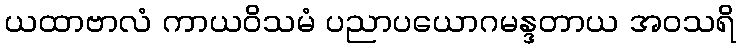
ယထာဗာလံ ကာယဝိသမံ ပညာပယောဂမန္ဒတာယ အဝသရိ